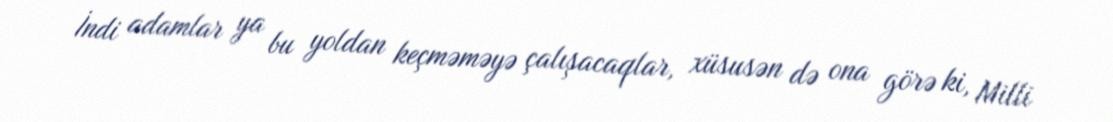
İndi adamlar ya bu yoldan keçməməyə çalışacaqlar, xüsusən də ona görə ki, Milli